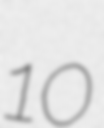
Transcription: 10